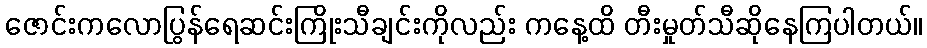
ဇောင်းကလောပြွန်ရေဆင်းကြိုးသီချင်းကိုလည်း ကနေ့ထိ တီးမှုတ်သီဆိုနေကြပါတယ်။